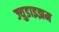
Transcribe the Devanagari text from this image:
ज्युडाइझम